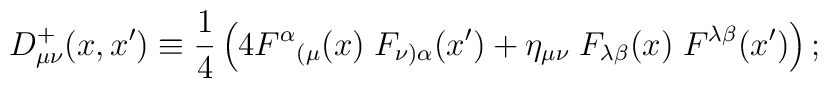
D_{\mu \nu}^{+}(x,x')\equiv \frac{1}{4} \left( 4F^\alpha{}_{(\mu}(x) \;F_{\nu )\alpha}(x')+ \eta _{\mu \nu}\; F_{\lambda \beta}(x)\; F^{\lambda \beta}(x')\right);